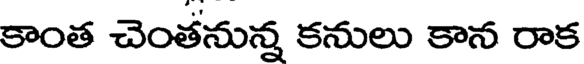
కాంత చెంతనున్న కనులు కాన రాక